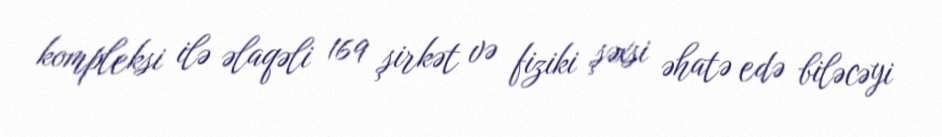
kompleksi ilə əlaqəli 169 şirkət və fiziki şəxsi əhatə edə biləcəyi